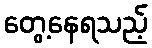
တွေ့နေရသည့်